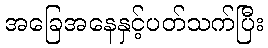
အခြေအနေနှင့်ပတ်သက်ပြီး